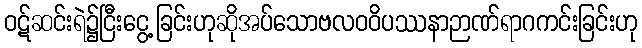
ဝဋ်ဆင်းရဲ၌ငြီးငွေ့ခြင်းဟုဆိုအပ်သောဗလဝဝိပဿနာဉာဏ်ရာဂကင်းခြင်းဟု